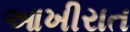
આખીરાત